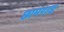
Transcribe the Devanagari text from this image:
छामगाड